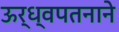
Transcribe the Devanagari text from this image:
ऊर्ध्वपतनाने